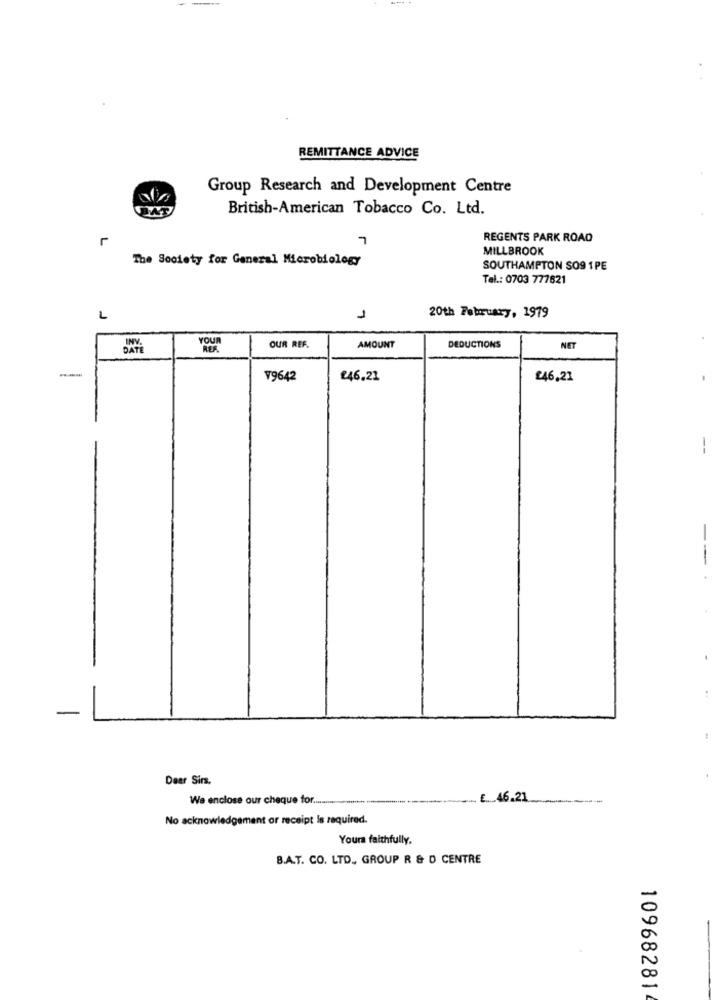
REMITTANCE ADVICE
Group Research and Development Centre
British-American Tobacco Co. Ltd.
L
7
REGENTS PARK ROAD
MILLBROOK
The Society for General Microbiology
SOUTHAMPTON SO9 1PE
Tel .: 0703 777621
L
1
20th February, 1979
DATE
OUR REF.
AMOUNT
DEDUCTIONS
NET
-
V9642
€46.21
£46,21
--
Dear Sirs.
Wa enclose our cheque for .......
E_46.21
No acknowledgement or receipt is required.
Yours faithfully.
B.A.T. CO. LTD ., GROUP R & D CENTRE
10968281